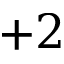
+ 2